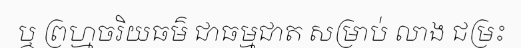
ឬ ព្រហ្មចរិយធម៌ ជាធម្មជាត សម្រាប់ លាង ជម្រះ